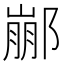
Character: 䣙